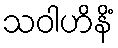
သဝါဟိနိံ